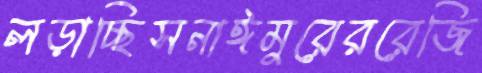
লড়াচ্ছিসনাঈমুরেররেজি